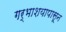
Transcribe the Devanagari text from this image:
गर्भाशयापासून